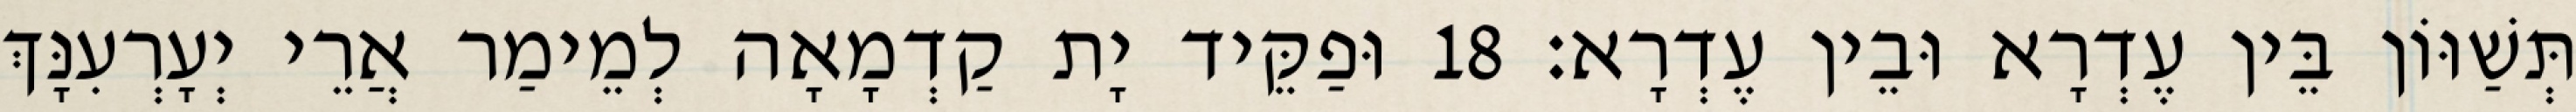
תְּשַׁוּוֹן בֵּין עֶדְרָא וּבֵין עֶדְרָא׃ 18 וּפַקֵּיד יָת קַדְמָאָה לְמֵימַר אֲרֵי יְעָרְעִנָּךְ